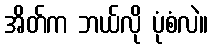
အိတ်က ဘယ်လို ပုံစံလဲ။